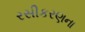
રસીકરણના